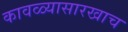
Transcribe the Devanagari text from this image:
कावळ्यासारखाच